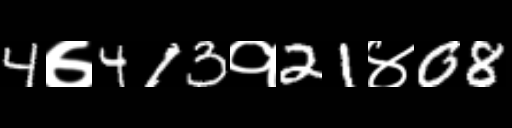
Text: 4७413१21४08